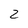
Character: 2